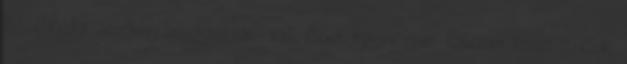
Bővelkedik ásványi anyagokban: vas, flour, magnézium, kalcium, foszfor, cink,